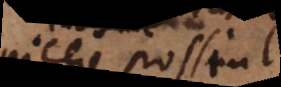
despicere possint